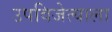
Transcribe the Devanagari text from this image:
उपविजेत्याला